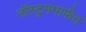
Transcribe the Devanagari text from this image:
नॉस्ट्रममार्फत